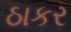
ઠાકર